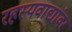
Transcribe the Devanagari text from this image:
रहस्यवाद्यांवर